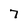
Character: 7